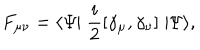
F _ { \mu \nu } = \langle \Psi \! \! \mid \frac { i } { 2 } [ \gamma _ { \mu } , \gamma _ { \nu } ] \mid \! \! \Psi \rangle ,